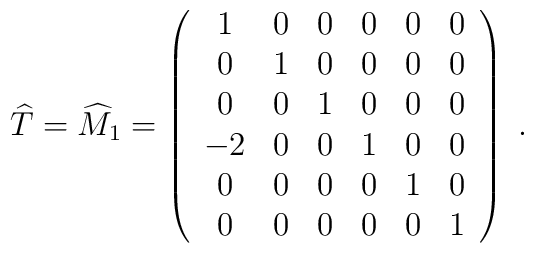
{\widehat T} ={\widehat M}_1=\left(     \begin{array}{cccccc}                1&0&0&0&0&0 \\                0&1&0&0&0&0 \\                0&0&1&0&0&0 \\                -2&0&0&1&0&0 \\                0&0&0&0&1&0 \\                0&0&0&0&0&1                \end{array}     \right)\; .